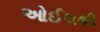
ઓઈલથી